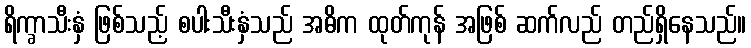
ရိက္ခာသီးနှံ ဖြစ်သည့် စပါးသီးနှံသည် အဓိက ထုတ်ကုန် အဖြစ် ဆက်လည် တည်ရှိနေသည်။